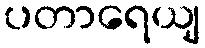
ပတာရေယျ